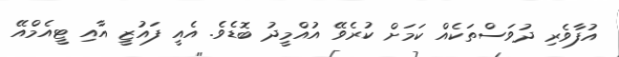
އުފާވެރި ދުވަސްތަކެއް ކަމަށް ކުރެވޭ އުއްމީދު ބޮޑެވެ. އެއީ ފައުޒީ އާއި ޓީއެމްއޭ